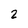
Character: 2